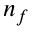
n _ { f }